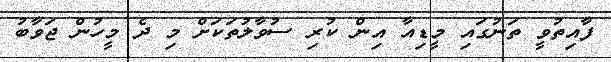
ފާއިތުވީ ތަނުގައި މީޑިއާ އިން ކުރި ސުވާލުތަކަށް މި ދެ މީހުން ޖަވާބު